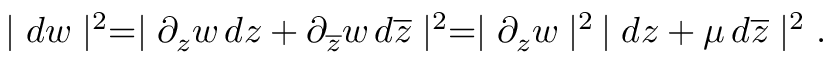
\mid d w \mid ^ { 2 } = \mid \partial _ { z } w \, d z + \partial _ { \overline { { { z } } } } w \, d \overline { { { z } } } \mid ^ { 2 } = \mid \partial _ { z } w \mid ^ { 2 } \, \mid d z + \mu \, d \overline { { { z } } } \mid ^ { 2 } .